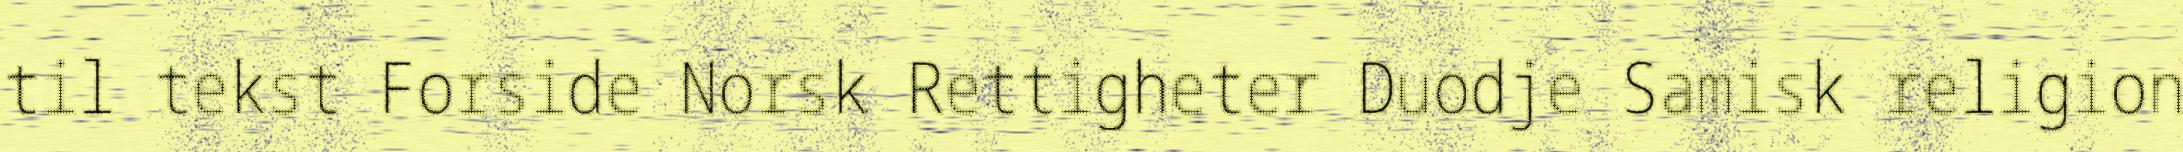
til tekst Forside Norsk Rettigheter Duodje Samisk religion